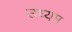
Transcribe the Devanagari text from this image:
उध्यम